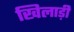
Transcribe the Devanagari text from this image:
खिलाड़ी